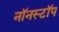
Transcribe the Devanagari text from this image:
नॉनस्‍टॉप